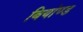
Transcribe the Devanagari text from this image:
बियोण्ड